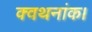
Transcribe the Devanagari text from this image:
क्वथनांक।